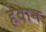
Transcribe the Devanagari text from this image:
हेवान